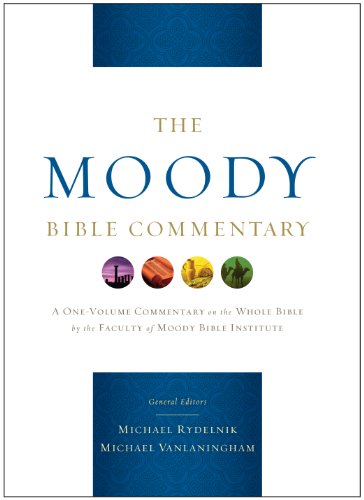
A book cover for The Moody Bible Commentary; Christian Books & Bibles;